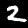
Label: 2